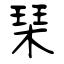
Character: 琹